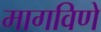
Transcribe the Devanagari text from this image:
मागविणे